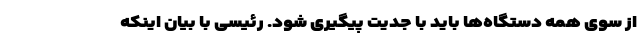
از سوی همه دستگاه‌ها باید با جدیت پیگیری شود. رئیسی با بیان اینکه